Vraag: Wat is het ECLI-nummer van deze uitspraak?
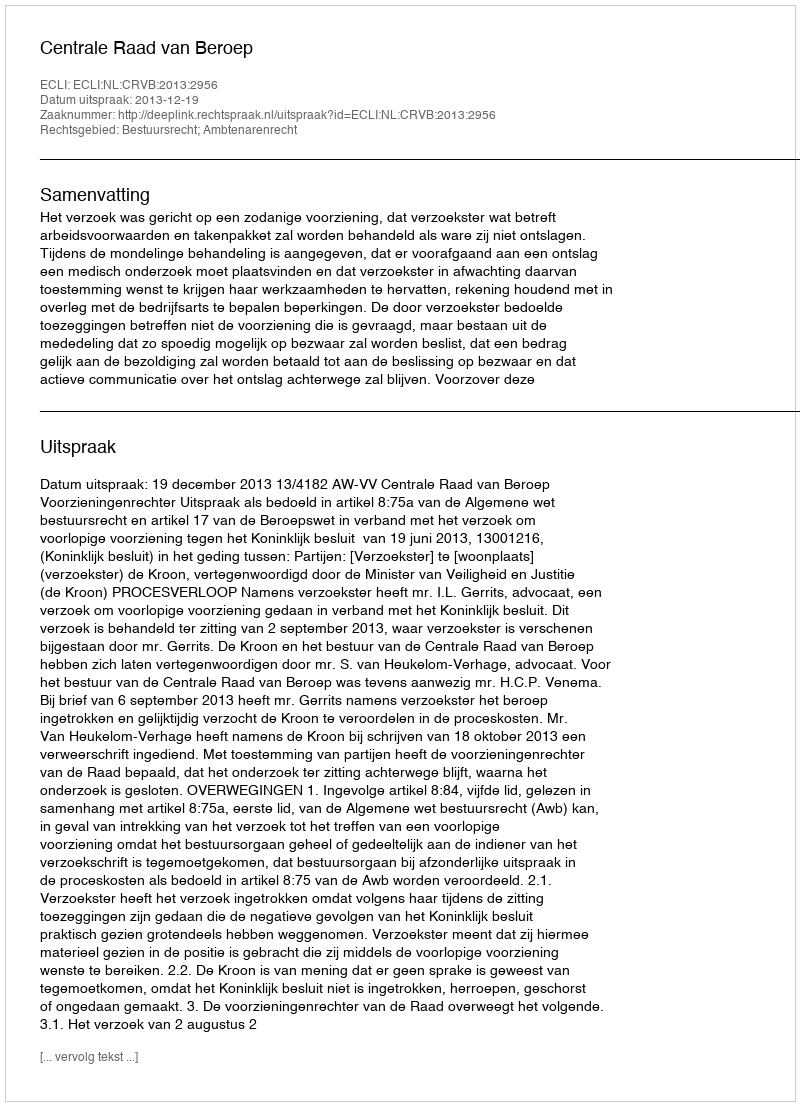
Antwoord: ECLI:NL:CRVB:2013:2956